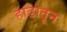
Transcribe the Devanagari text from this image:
हाडातून